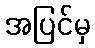
အပြင်မှ